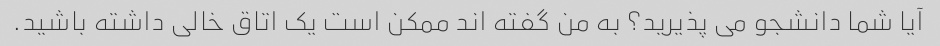
آیا شما دانشجو می پذیرید؟ به من گفته اند ممکن است یک اتاق خالی داشته باشید.